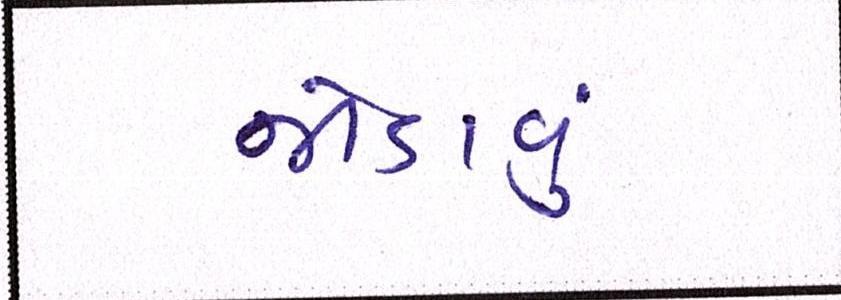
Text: જોડાવું